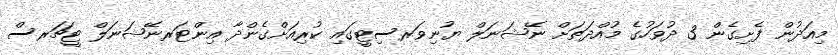
މިއަދުން ފެށިގެން 3 ދުވަހުގެ މުއްދަތަށް ނޭޝަނަލް ޔުނިވަރސިޓީގައި ކުރިއަށްގެންދާ އިންޓަރނޭޝަނަލް ޓީޗަރސް